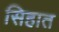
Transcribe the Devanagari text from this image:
सिहात